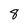
Character: 8